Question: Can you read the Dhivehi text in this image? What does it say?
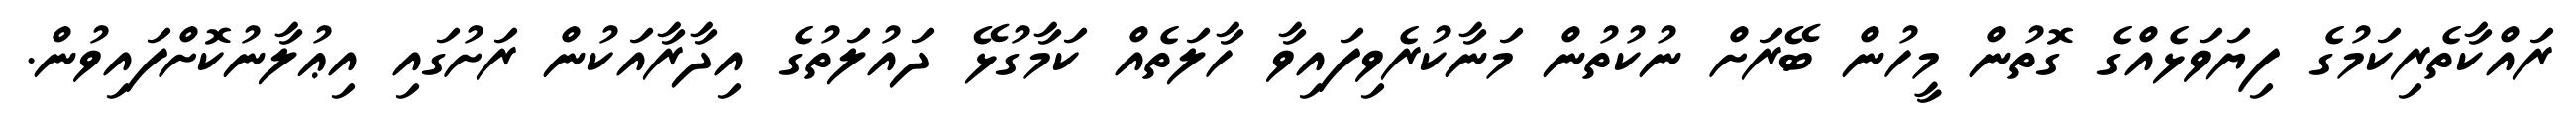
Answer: ރައްކާތެރިކަމުގެ ފިޔަވަޅެއްގެ ގޮތުން މީހުން ބޭރަށް ނުކުތުން މަނާކުރެވިފައިވާ ހާލަތެއް ކަމާގުޅޭ ދައުލަތުގެ އިދާރާއަކުން ރަށުގައި އިޢުލާނުކޮށްފައިވުން.